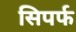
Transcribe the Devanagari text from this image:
सिपर्फ